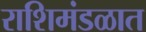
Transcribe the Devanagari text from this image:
राशिमंडळात